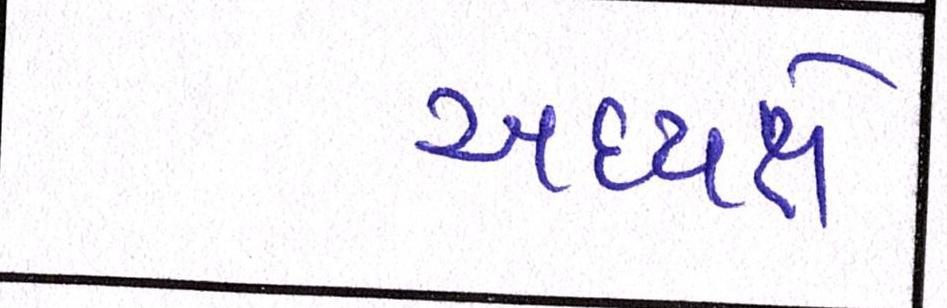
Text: અધ્યક્ષે